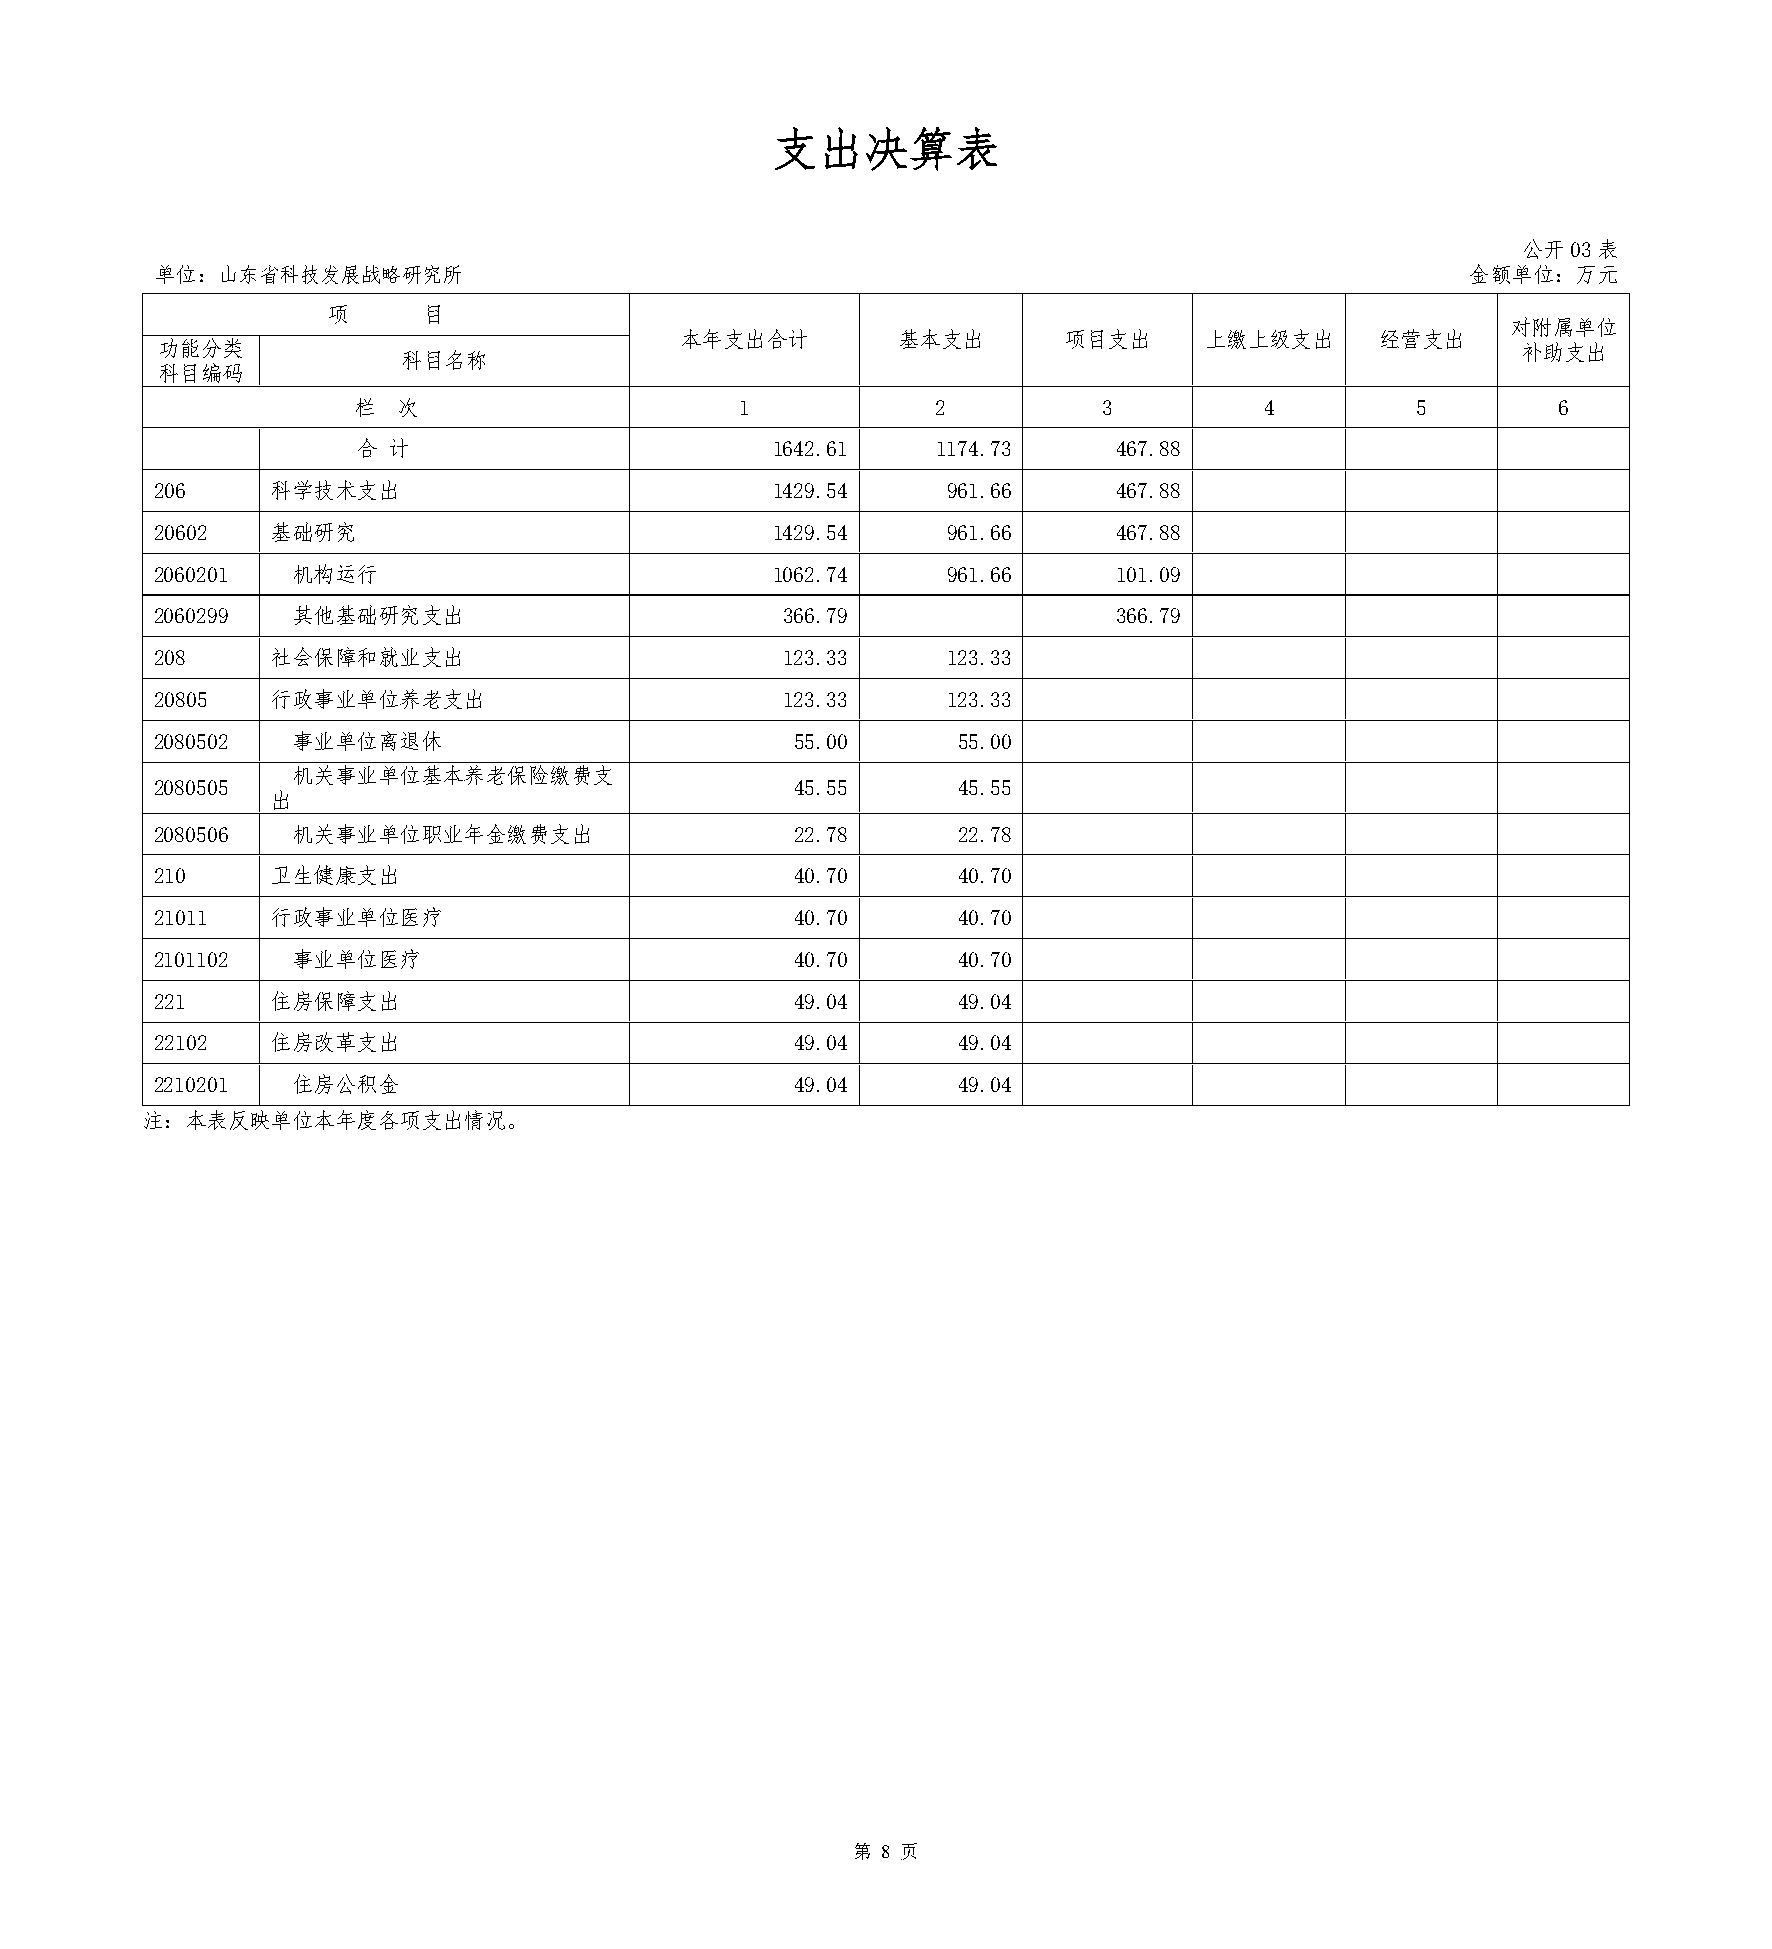
支出决算表
 公开03表
 单位：山东省科技发展战略研究所                                                                        金额单位：万元
 项     目
 对附属单位
 本年支出合计        基本支出       项目支出      上缴上级支出     经营支出
 功能分类                                                                                       补助支出
 科目名称
 科目编码
 栏  次                      1            2          3          4         5        6
 合 计                        1642.61    1174.73     467.88
 206     科学技术支出                           1429.54     961.66     467.88
 20602   基础研究                             1429.54     961.66     467.88
 2060201  机构运行                            1062.74     961.66     101.09
 2060299  其他基础研究支出                         366.79                366.79
 208     社会保障和就业支出                         123.33     123.33
 20805   行政事业单位养老支出                        123.33     123.33
 2080502  事业单位离退休                           55.00     55.00
 机关事业单位基本养老保险缴费支
 2080505                                    45.55     45.55
 出
 2080506  机关事业单位职业年金缴费支出                    22.78     22.78
 210     卫生健康支出                             40.70     40.70
 21011   行政事业单位医疗                           40.70     40.70
 2101102  事业单位医疗                            40.70     40.70
 221     住房保障支出                             49.04     49.04
 22102   住房改革支出                             49.04     49.04
 2210201  住房公积金                             49.04     49.04
 注：本表反映单位本年度各项支出情况。
 第 8 页